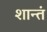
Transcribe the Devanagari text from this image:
शान्तं